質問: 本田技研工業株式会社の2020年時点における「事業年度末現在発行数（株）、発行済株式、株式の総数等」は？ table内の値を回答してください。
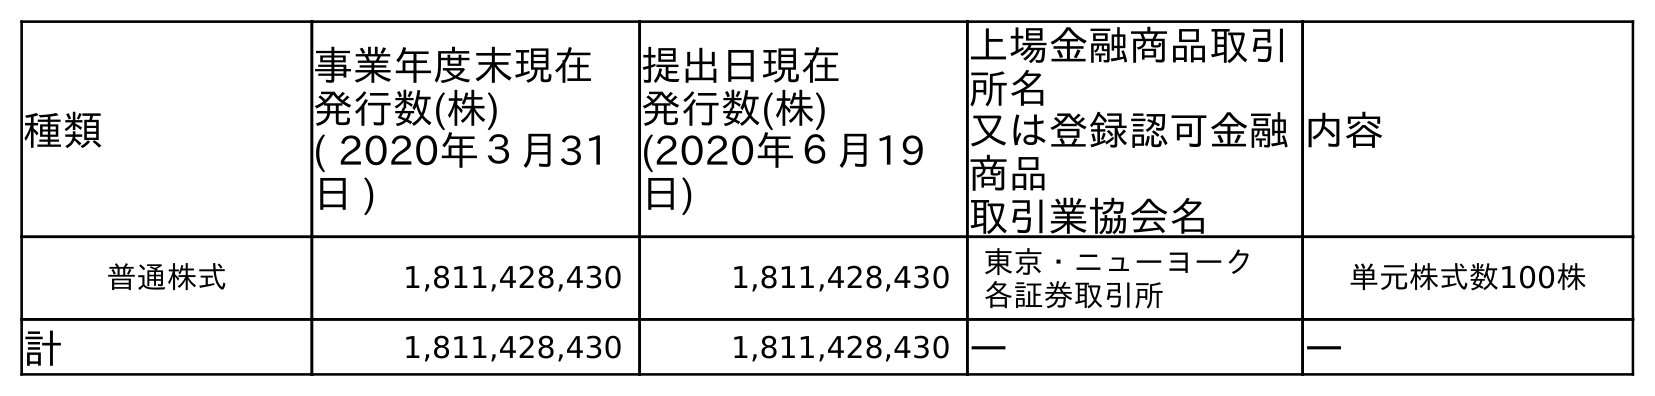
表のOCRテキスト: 種類 事業年度末現在 発行数(株) ( 2020年３月31 日 ) 提出日現在 発行数(株) (2020年６月19 日) 上場金融商品取引 所名 又は登録認可金融 商品 取引業協会名 内容 普通株式 1,811,428,430 1,811,428,430 東京・ニューヨーク 各証券取引所 単元株式数100株 計 1,811,428,430 1,811,428,430 ― ―
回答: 1,811,428,430